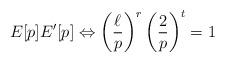
LaTeX: \begin{align*} E[p] E'[p] \Leftrightarrow \left(\frac{\ell}{p}\right)^r \left (\frac{2}{p} \right)^t = 1\end{align*}